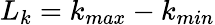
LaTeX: L_{k}=k_{max}-k_{min}